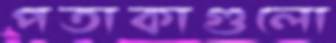
পতাকাগুলো